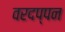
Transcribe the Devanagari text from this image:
वरदप्पन